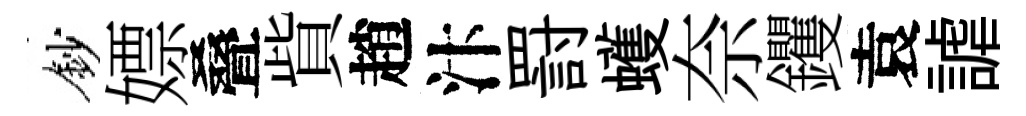
鈔嫖叠貲趙汴罸蠖奈钁袁謔